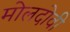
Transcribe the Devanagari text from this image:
मोलदोवी